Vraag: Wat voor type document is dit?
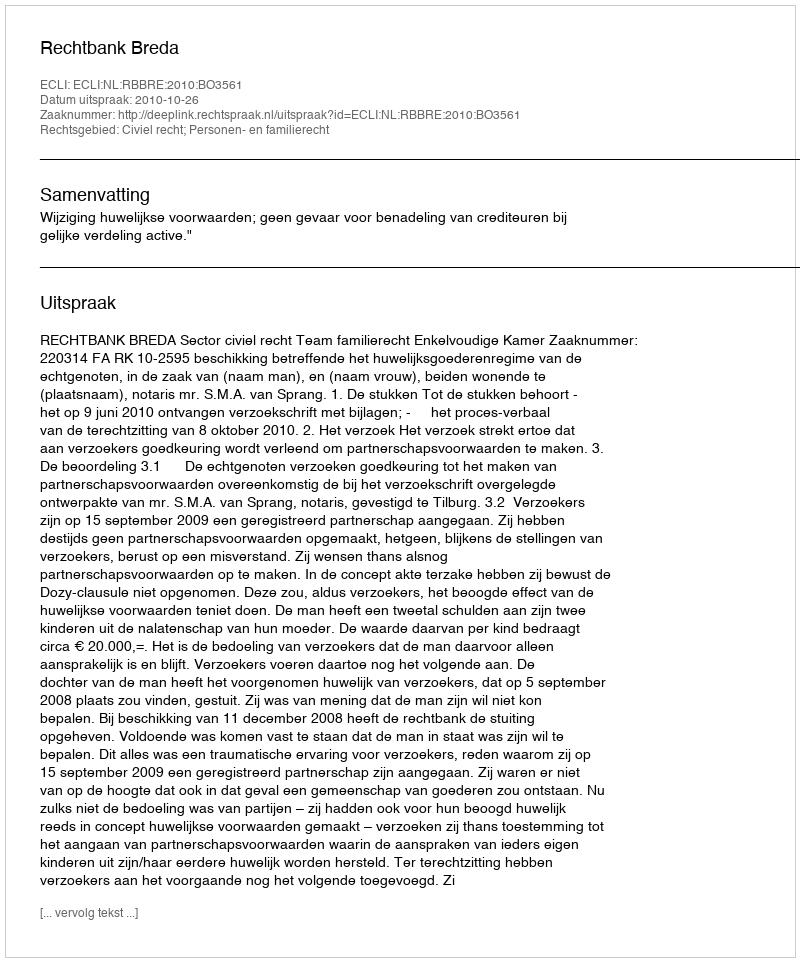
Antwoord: Uitspraak